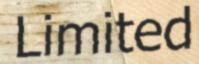
Limited